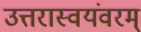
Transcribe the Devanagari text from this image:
उत्तरास्वयंवरम्